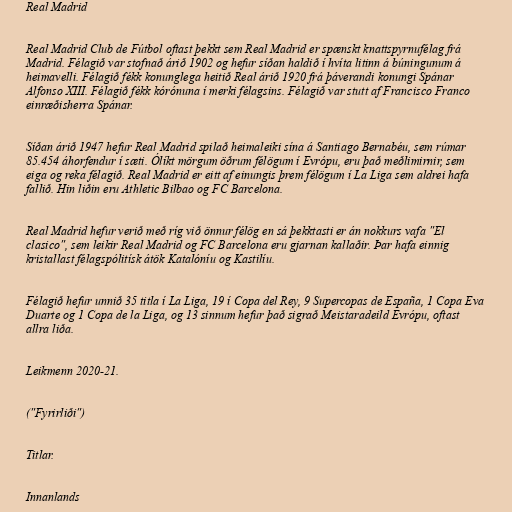
Real Madrid

Real Madrid Club de Fútbol oftast þekkt sem Real Madrid er spænskt knattspyrnufélag frá
Madrid. Félagið var stofnað árið 1902 og hefur síðan haldið í hvíta litinn á búningunum á
heimavelli. Félagið fékk konunglega heitið Real árið 1920 frá þáverandi konungi Spánar
Alfonso XIII. Félagið fékk kórónuna í merki félagsins. Félagið var stutt af Francisco Franco
einræðisherra Spánar.

Síðan árið 1947 hefur Real Madrid spilað heimaleiki sína á Santiago Bernabéu, sem rúmar
85.454 áhorfendur í sæti. Ólíkt mörgum öðrum félögum í Evrópu, eru það meðlimirnir, sem
eiga og reka félagið. Real Madrid er eitt af einungis þrem félögum í La Liga sem aldrei hafa
fallið. Hin liðin eru Athletic Bilbao og FC Barcelona.

Real Madrid hefur verið með ríg við önnur félög en sá þekktasti er án nokkurs vafa "El
clasico", sem leikir Real Madrid og FC Barcelona eru gjarnan kallaðir. Þar hafa einnig
kristallast félagspólitísk átök Katalóníu og Kastilíu.

Félagið hefur unnið 35 titla í La Liga, 19 í Copa del Rey, 9 Supercopas de España, 1 Copa Eva
Duarte og 1 Copa de la Liga, og 13 sinnum hefur það sigrað Meistaradeild Evrópu, oftast
allra liða.

Leikmenn 2020-21.

("Fyrirliði")

Titlar.

Innanlands